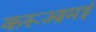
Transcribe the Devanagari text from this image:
करूआमई